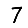
Digit: 7